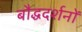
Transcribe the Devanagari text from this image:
बौद्धदर्शनों